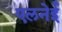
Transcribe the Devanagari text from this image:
एलनेई